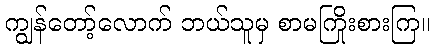
ကျွန်တော့်လောက် ဘယ်သူမှ စာမကြိုးစားကြ။